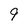
Character: 9